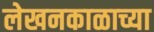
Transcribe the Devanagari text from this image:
लेखनकाळाच्या